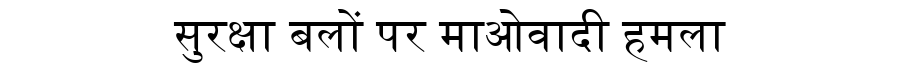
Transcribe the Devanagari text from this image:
सुरक्षा बलों पर माओवादी हमला